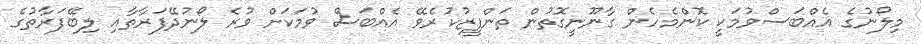
މިލޯނުގެ އެއްބަސްވުމަކީ ކޮންމެހެން ގާނޫނީގޮތުން ތަންފީޒުކުރެވޭ އެއްބަސް ވުމަކަށް ވުރެ ލޯނުދޭފަރާތާއި ލިބޭފަރާތުގެ